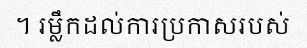
។ រម្លឹកដល់ការប្រកាសរបស់